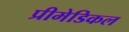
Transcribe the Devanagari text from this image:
प्रीमेडिकल